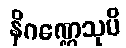
နိဂဏ္ဌေသုပိ